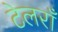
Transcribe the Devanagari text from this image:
टेलराँ